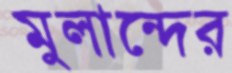
মুলান্দের